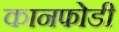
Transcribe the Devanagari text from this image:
कानफोडी